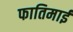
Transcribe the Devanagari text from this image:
फातिमाई